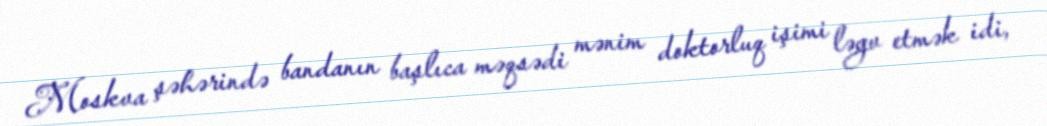
Moskva şəhərində bandanın başlıca məqsədi mənim doktorluq işimi ləgv etmək idi,